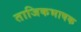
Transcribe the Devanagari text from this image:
ताजिकभाषक